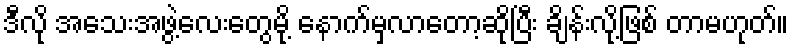
ဒီလို အသေးအဖွဲ့လေးတွေမို့ နောက်မှလာတော့ဆိုပြီး ချိန်းလို့ဖြစ် တာမဟုတ်။